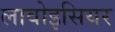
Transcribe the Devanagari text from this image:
लावोइसियर